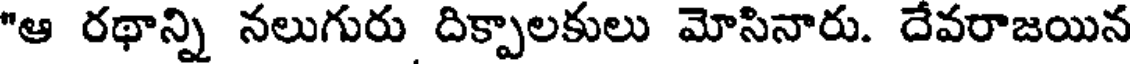
"ఆ రథాన్ని నలుగురు దిక్పాలకులు మోసినారు. దేవరాజయిన